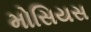
મોસિયસ